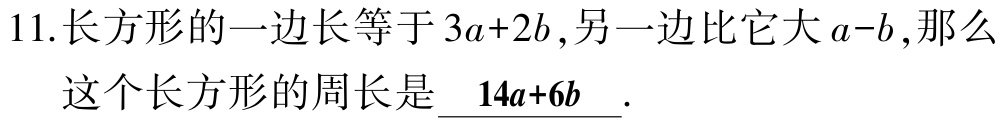
11.长方形的一边长等于\(3a + 2b\),另一边比它大\(a - b\),那么
这个长方形的周长是\(\underline{14a + 6b}\).